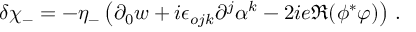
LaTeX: \delta \chi _ { - } = - \eta _ { - } \left( \partial _ { 0 } w + i \epsilon _ { o j k } \partial ^ { j } \alpha ^ { k } - 2 i e \Re ( \phi ^ { * } \varphi ) \right) \, .